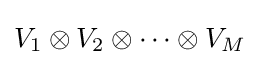
V_{1}\otimes V_{2}\otimes \cdots \otimes V_{M}